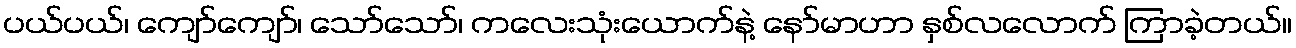
ပယ်ပယ်၊ ကျော်ကျော်၊ သော်သော်၊ ကလေးသုံးယောက်နဲ့ နော်မာဟာ နှစ်လလောက် ကြာခဲ့တယ်။